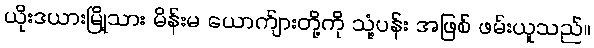
ယိုးဒယားမြို့သား မိန်းမ ယောက်ျားတို့ကို သုံ့ပန်း အဖြစ် ဖမ်းယူသည်။